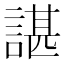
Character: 諶